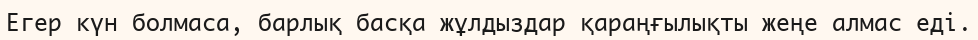
Егер күн болмаса, барлық басқа жұлдыздар қараңғылықты жеңе алмас еді.